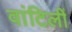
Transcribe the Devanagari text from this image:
वांटिलीं